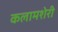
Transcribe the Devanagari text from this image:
कलामशेरी